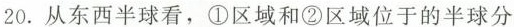
从东西半球看，①区域和②区域位于的半球分